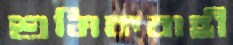
শ্রমিকবাহী